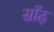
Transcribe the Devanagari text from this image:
साँढ़